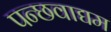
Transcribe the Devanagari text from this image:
पन्छवाद्यम